Scottish Leaving Certificate Examination, 1958
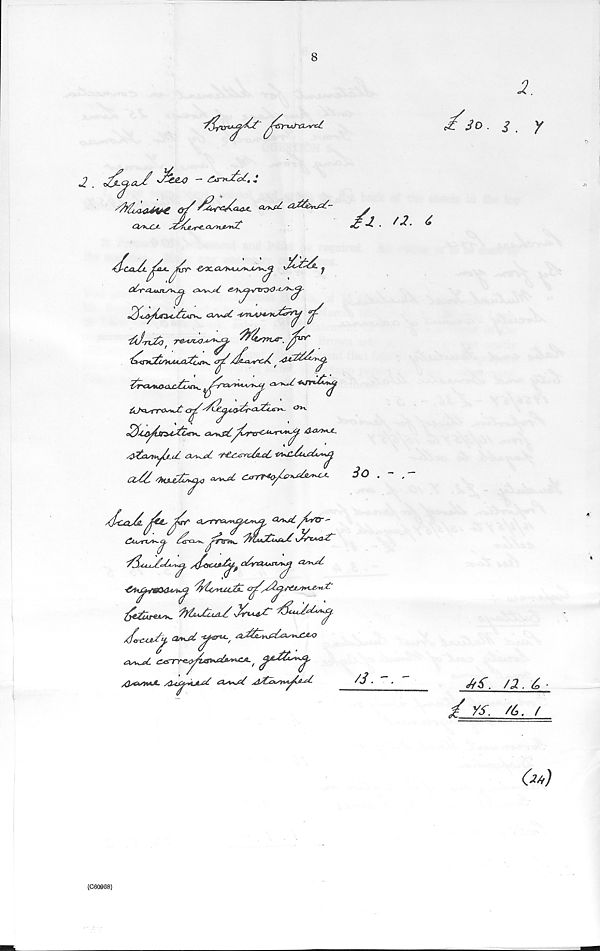
8
^So.
2.
i.
r
2
jZ*<J
~
:
d
Q/kUU- J 22jL-r^-°^»-* yv^
£ S. . f 2. £
sfcadt^2^drt'
S^ddL ^
dd^SjtXC-STAir^ <AS*j£ -is7Vlt4stoj2p?y ^
ldrHjl!i/HAAjcC?i»tv^ <T^SJ^-a^rcd. '
dr<x^j(><xc2z2. ,^2^
<3^£*jddUuj
cr^diS_^jy2i'<3-^2<rir^- &**-
dd'CA^tjtnytdos^.
&&>*-*-
/Odastiyh-t£ <xsi^c£ 'r&^tttSt-cC
a/S ^kjuC^o
c*rr^/#^>^
/dc^id. jd&, dr
<3s*^£ /b?r--
£usns*^c>, tda-^- dtr^K. SStiAX^Afi^\22ca*i£~
/ .
/ •
djsCld/c^Sa, / d<rC4S^f cSvaA+n^fit
ddsHuJju
dt&Areis*. 2)^x2cul/ Sdr*-viX~ dduJt^d^
/f«-e.u>J^ cz«j£y*ru-,
< z J sry^yi&^Z'*^A., <^id&s<»j£j,
XlsOSHtJ-
s<&£<*syi^£^
So .-.-
/J. -. -
s/d, /2. y>
/ Xf. /6. /
(C6O068)